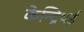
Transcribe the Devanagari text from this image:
केन्द्रिथई